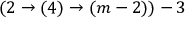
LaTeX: ( 2 \rightarrow ( 4 ) \rightarrow ( m - 2 ) ) - 3